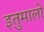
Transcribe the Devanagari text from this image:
इतुमालो